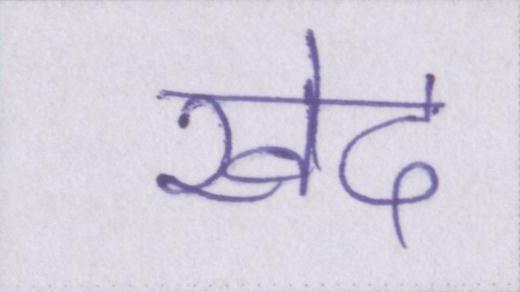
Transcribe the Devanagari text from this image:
खेद